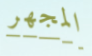
المجهر